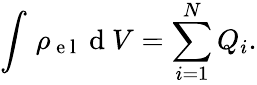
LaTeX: \int_{}^{}\rho_{\mathrm{~e~l~}}\mathrm{~d~}V=\sum_{i=1}^{N}Q_{i}.